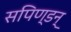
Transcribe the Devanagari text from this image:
सपिण्डन्